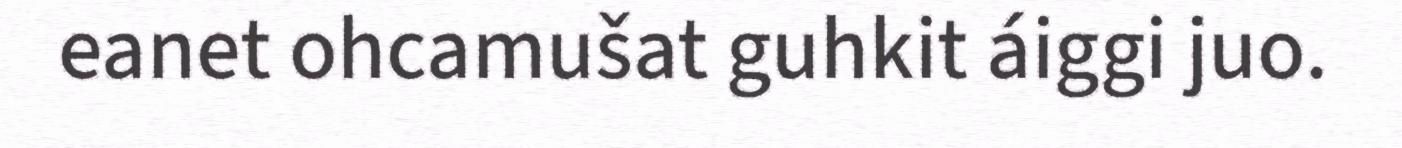
eanet ohcamušat guhkit áiggi juo.